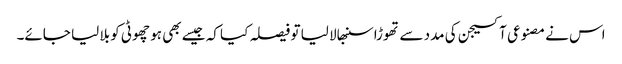
اس نے مصنوعی آکسیجن کی مدد سے تھوڑا سنبھالا لیا تو فیصلہ کیا کہ جیسے بھی ہو چھوٹی کو بلا لیا جائے۔